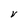
Character: V